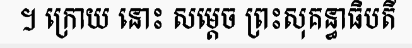
។ ក្រោយ នោះ សម្តេច ព្រះសុគន្ធាធិបតី